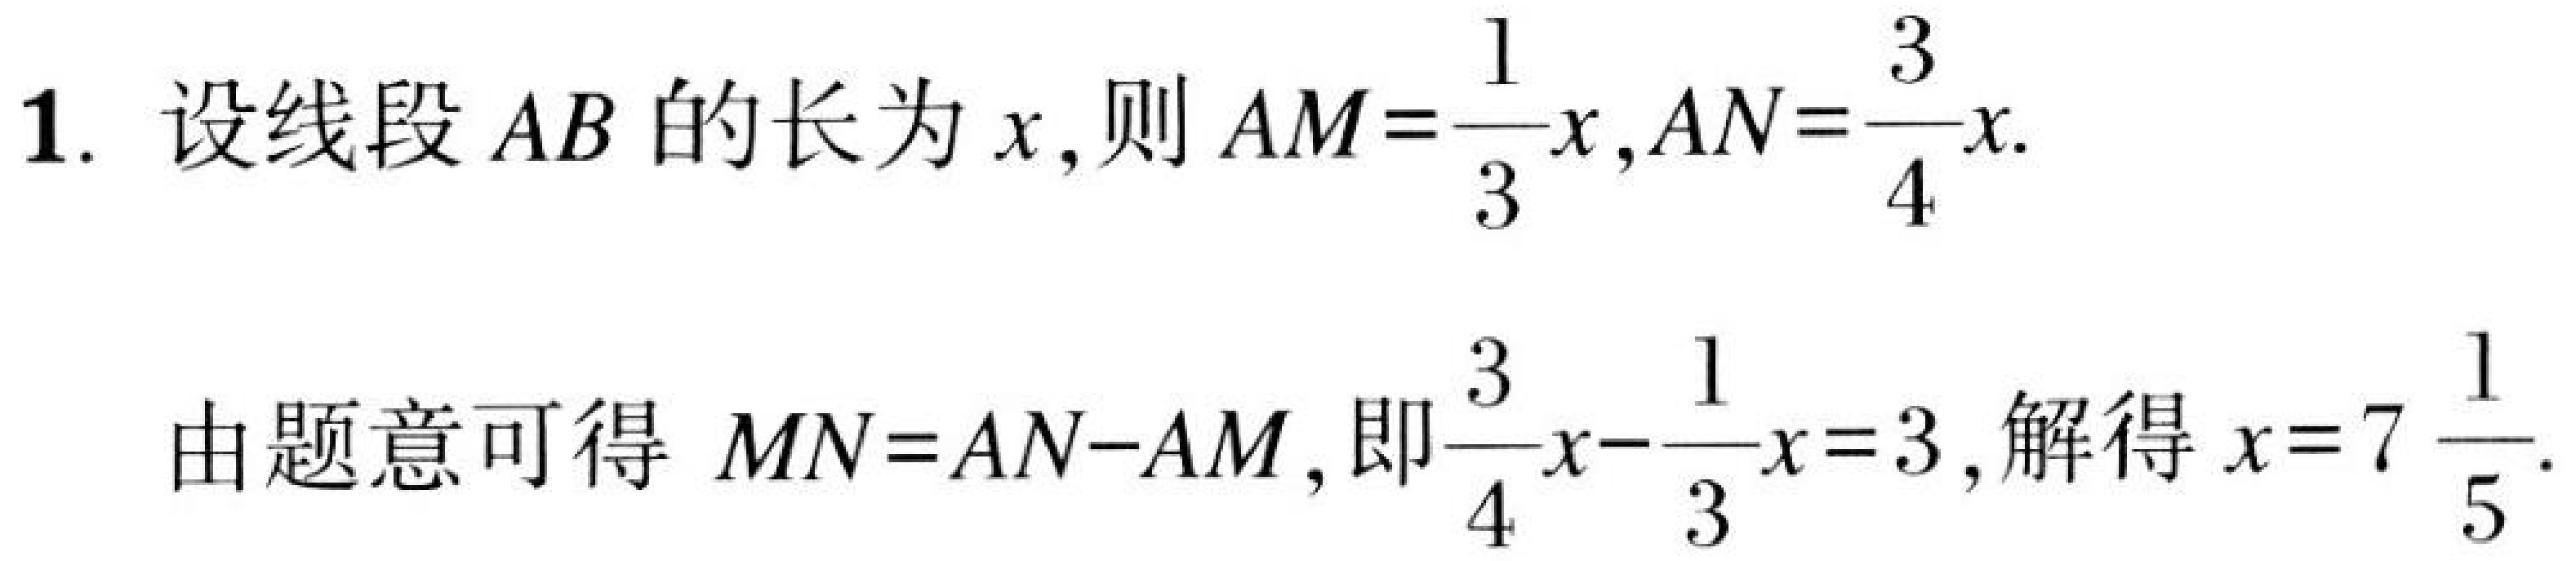
1. 设线段 \(AB\) 的长为 \(x\)，则 \(AM = \frac{1}{3}x\)，\(AN = \frac{3}{4}x\).
由题意可得 \(MN = AN - AM\)，即\(\frac{3}{4}x - \frac{1}{3}x = 3\)，解得 \(x = 7\frac{1}{5}\).